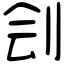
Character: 刽